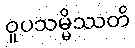
ဝူပသမ္မိဿတိ